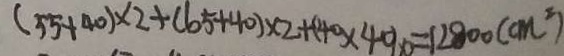
( 5 5 + 4 0 ) \times 2 + ( 6 5 + 4 0 ) \times 2 + ( 4 4 \times 4 0 ) \times 0 = 1 2 8 0 0 ( c m ^ { 3 } )